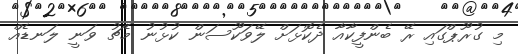
މި ގުރޫޕްގައި ރޭ ބެންފީކާއާ ދެކޮޅަށް ލޭވަކޫސަން ކުޅުނު މެޗު ވަނީ ލަނޑެއް